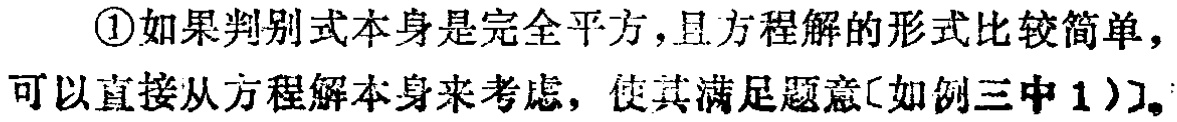
\textcircled{1}如果判别式本身是完全平方，且方程解的形式比较简单，可以直接从方程解本身来考虑，使其满足题意[如例三中$1$)]。